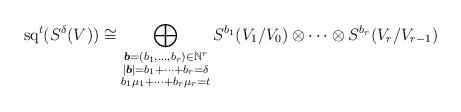
LaTeX: \begin{align*}\operatorname{sq}^t(S^\delta(V))\cong \bigoplus_{\begin{subarray}{c}\boldsymbol{b}=(b_1,\ldots,b_r)\in\mathbb N^r\\|\boldsymbol{b}|=b_1+\cdots+b_r=\delta\\b_1\mu_1+\cdots+b_r\mu_r=t\end{subarray}}S^{b_1}(V_1/V_0)\otimes\cdots\otimes S^{b_r}(V_r/V_{r-1})\end{align*}